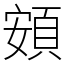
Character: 頞